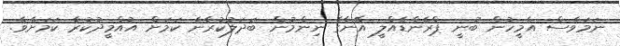
ނަމަވެސް އެމީހުން ބުނީ ޕްރެންޑެއްލީ އޭނާގެ ނިންމުން ބަދަލުކުރާނެ ކަމަށް އުއްމީދުކުރާ ކަމަށެވެ.